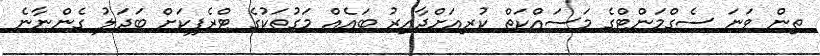
ތިން ވަނަ ސެގްމަންޓްގެ މަސައްކަތް ކުރިއަށްދާއިރު ބައެއް މަގުތަކުގެ ޓްރެފިކަށް ބަދަލު ގެންނާނެ